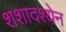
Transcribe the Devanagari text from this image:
शशादश्येन